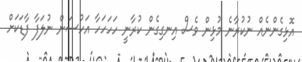
އޮޅިގެންނެއް ނުކުރާނެ މުޅިން ވެސް އިނގިގެން ކުރާނީ ހަހަހަހާ އަހުސަން ނުލަފާ ފާޑަކަށް